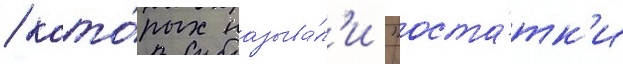
/ кото́рых называ́л'и "оста́тк'и